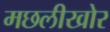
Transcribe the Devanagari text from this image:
मछलीखोर